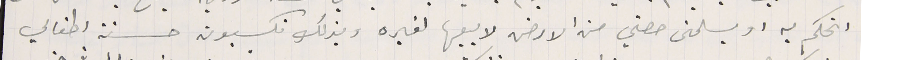
انحكم به او يسلمنى حصتي من الارض لابيعها لغيره وبذلك تكسبون حسنة اطفالي